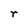
Character: r